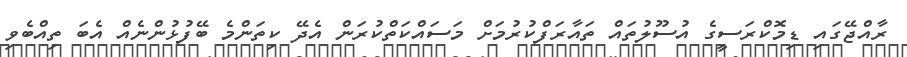
ރާއްޖޭގައި ޑިމޮކްރަސީގެ އުސޫލުތައް ތައާރަފްކުރުމަށް މަސައްކަތްކުރަން އެދޭ ކިތަންމެ ބޭފުޅުންނެއް އެބަ ތިއްބެވި